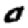
Digit: 0